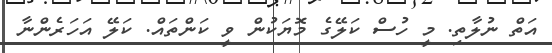
އަތް ނުލާތި. މީ ހުސް ކަލޭގެ މޮޔަކުން ވީ ކަންތައް. ކަލޭ އަހަރެންނާ